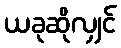
ယခုဆိုလျှင်